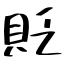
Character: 貶